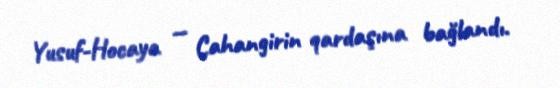
Yusuf-Hocaya — Cahangirin qardaşına bağlandı.